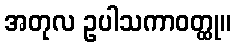
အတုလ ဥပါသကာဝတ္ထု။